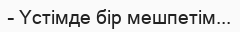
– Үстімде бір мешпетім...